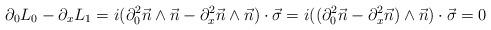
LaTeX: \begin{align*}\partial_{0}L_{0} - \partial_{x}L_{1} = i(\partial_{0}^2 \vec{n} \wedge \vec{n} - \partial_{x}^2 \vec{n} \wedge\vec{n}) \cdot\vec{\sigma} = i((\partial_{0}^2 \vec{n} - \partial_{x}^2 \vec{n})\wedge\vec{n}) \cdot \vec{\sigma} = 0\end{align*}